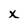
Character: x